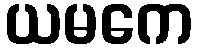
ယမကေ